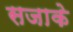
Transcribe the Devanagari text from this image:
सजाके